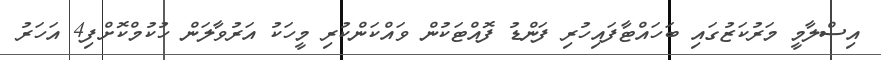
އިސްލާމީ މަރުކަޒުގައި ބަހައްޓާފައިހުރި ފަންޑު ފޮއްޓަކުން ވައްކަންކުރި މީހަކު އަރުވާލަން ހުކުމްކޮށްފި4 އަހަރު